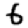
Digit: 6